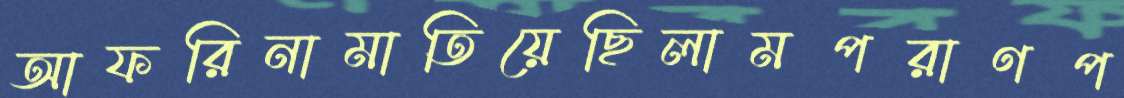
আফরিনামাতিয়েছিলামপরাণপ